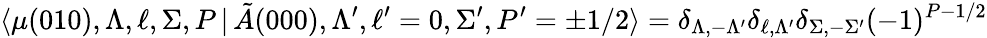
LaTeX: \langle\mu(010),\Lambda,\ell,\Sigma,P\, {|}\, \tilde{A}(000),\Lambda^{\prime},\ell^{\prime}=0,\Sigma^{\prime},P^{\prime}=\pm 1/2\rangle=\delta_{\Lambda,-\Lambda^{\prime}}\delta_{\ell,\Lambda^{\prime}}\delta_{\Sigma,-\Sigma^{\prime}}(-1)^{P-1/2}